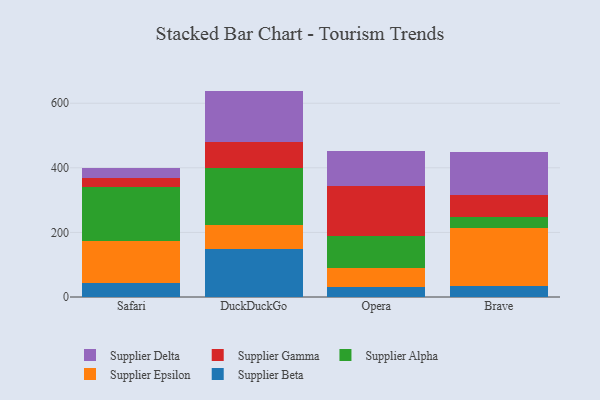
{"axis": {"x": "Browser", "y": "Churn Rate (%)"}, "legend": ["Supplier Alpha", "Supplier Beta", "Supplier Delta", "Supplier Epsilon", "Supplier Gamma"], "data": [{"x": "Safari", "y": 44.7, "type": "Supplier Beta"}, {"x": "Safari", "y": 129.3, "type": "Supplier Epsilon"}, {"x": "Safari", "y": 165.4, "type": "Supplier Alpha"}, {"x": "Safari", "y": 30.3, "type": "Supplier Gamma"}, {"x": "Safari", "y": 28.4, "type": "Supplier Delta"}, {"x": "DuckDuckGo", "y": 147.4, "type": "Supplier Beta"}, {"x": "DuckDuckGo", "y": 76.8, "type": "Supplier Epsilon"}, {"x": "DuckDuckGo", "y": 176.2, "type": "Supplier Alpha"}, {"x": "DuckDuckGo", "y": 79.3, "type": "Supplier Gamma"}, {"x": "DuckDuckGo", "y": 158.6, "type": "Supplier Delta"}, {"x": "Opera", "y": 30.5, "type": "Supplier Beta"}, {"x": "Opera", "y": 59.8, "type": "Supplier Epsilon"}, {"x": "Opera", "y": 97.6, "type": "Supplier Alpha"}, {"x": "Opera", "y": 156.9, "type": "Supplier Gamma"}, {"x": "Opera", "y": 108.8, "type": "Supplier Delta"}, {"x": "Brave", "y": 34.7, "type": "Supplier Beta"}, {"x": "Brave", "y": 178.6, "type": "Supplier Epsilon"}, {"x": "Brave", "y": 34.0, "type": "Supplier Alpha"}, {"x": "Brave", "y": 69.5, "type": "Supplier Gamma"}, {"x": "Brave", "y": 132.7, "type": "Supplier Delta"}]}